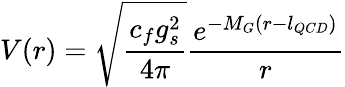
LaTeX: V(r)=\sqrt{\frac{c_{f}g_{s}^{2}}{4\pi}}\frac{e^{-M_{G}(r-l_{QCD})}}{r}